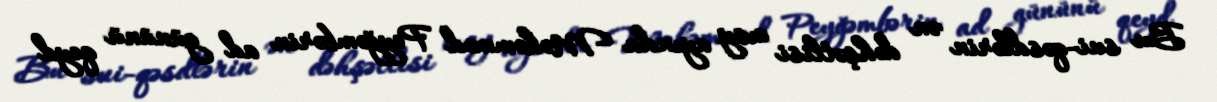
Bu sui-qəsdlərin ən dəhşətlisi may ayında Məhəmməd Peyğəmbərin ad gününü qeyd